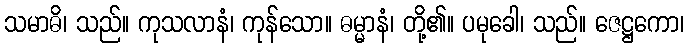
သမာဓိ၊ သည်။ ကုသလာနံ၊ ကုန်သော။ ဓမ္မာနံ၊ တို့၏။ ပမုခေါ၊ သည်။ ဇေဋ္ဌကော၊